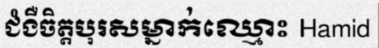
ជំងឺចិត្តបុរសម្នាក់ឈ្មោះ Hamid